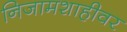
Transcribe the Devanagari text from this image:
निजामशाहीवर